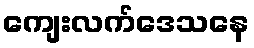
ကျေးလက်ဒေသနေ